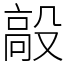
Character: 毃